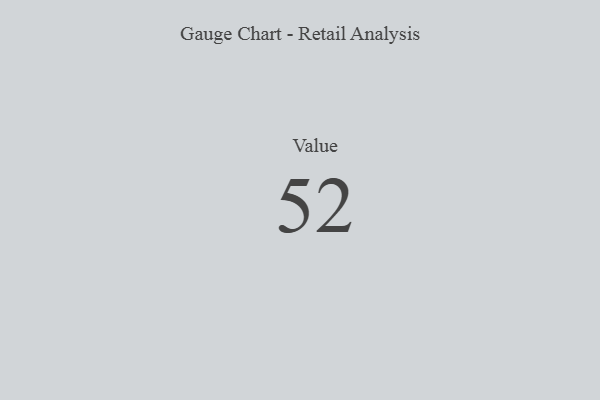
{"axis": {"x": "Metric", "y": "Value"}, "legend": [""], "data": [{"x": "Value", "y": 52, "type": ""}]}